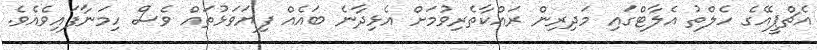
އެޗްޕީއޭގެ ހެލްތު އެލާޓްގައި މަދިރިން ރައްކާތެރިވުމަށް އެޅިދާނެ ބައެއް ފިޔަވަޅުތައް ވެސް ހިމަނާފައިވެއެވެ.